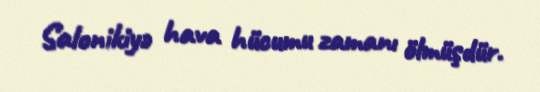
Salonikiyə hava hücumu zamanı ölmüşdür.